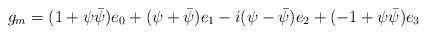
LaTeX: \begin{align*} g_{m} = (1+\psi\bar{\psi})e_{0} + (\psi +\bar{\psi})e_{1} - i(\psi - \bar{\psi}) e_{2} + (-1+\psi\bar{\psi})e_{3}\end{align*}